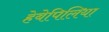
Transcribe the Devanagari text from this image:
हेबेपिलिया